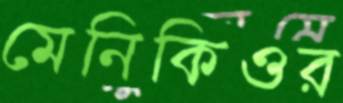
মেনিকিওর